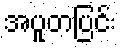
အပူတပြင်း